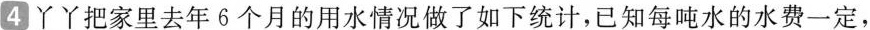
4 丫丫把家里去年6个月的用水情况做了如下统计，已知每吨水的水费一定，